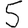
Digit: 5